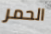
الحمر